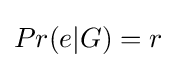
Pr(e|G)=r